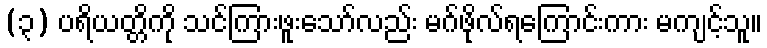
(၃) ပရိယတ္တိကို သင်ကြားဖူးသော်လည်း မဂ်ဖိုလ်ရကြောင်းကား မကျင့်သူ။